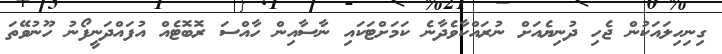
ގިނިހިލައަކުން ޖެހި ދުނިޔެއަށް ނުރައްކާވެދާނެ ކަމަށްޓަކައި ނާސާއިން ހާއްސަ ރޮބޮޓެއް އުފައްދަނީފޯނު ހޫނުވޭތަ